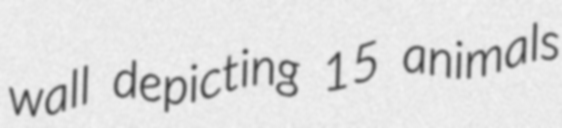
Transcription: wall depicting 15 animals